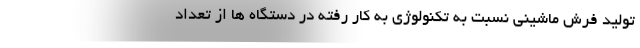
تولید فرش ماشینی نسبت به تکنولوژی به کار رفته در دستگاه ها از تعداد